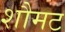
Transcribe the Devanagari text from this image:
शौमट